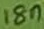
Text: 18n